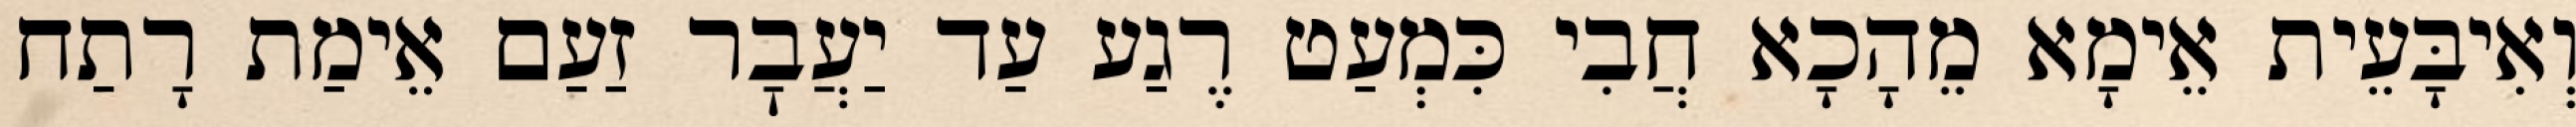
וְאִיבָּעֵית אֵימָא מֵהָכָא חֲבִי כִּמְעַט רֶגַע עַד יַעֲבׇר זַעַם אֵימַת רָתַח